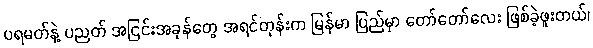
ပရမတ်နဲ့ ပညတ် အငြင်းအခုန်တွေ အရင်တုန်းက မြန်မာ ပြည်မှာ တော်တော်လေး ဖြစ်ခဲ့ဖူးတယ်၊